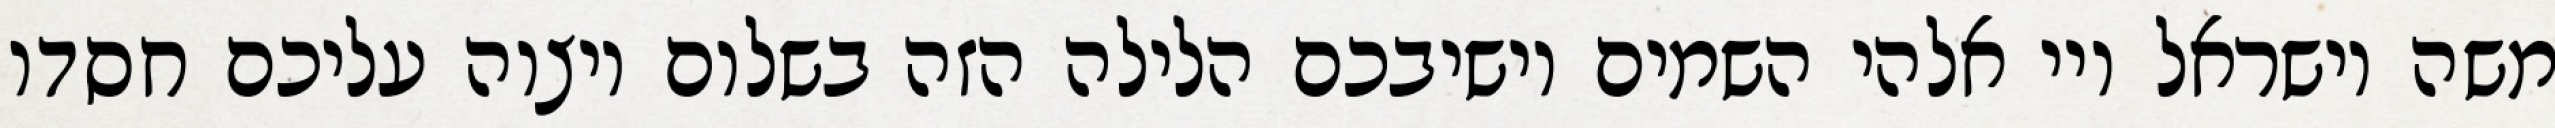
משה וישראל ויי אלהי השמים יושיבכם הלילה הזה בשלום ויצוה עליכם חסדו